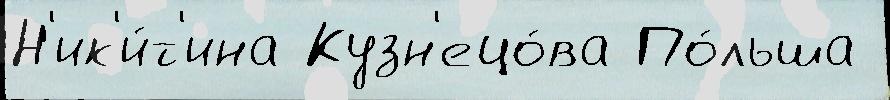
Н'ик'и́т'ина Кузн'ецо́ва По́льша